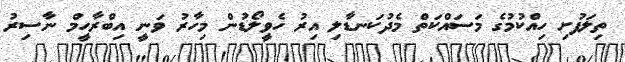
ތިލަފުށި ހިއްކުމުގެ މަސައްކަތް މެދުކަނޑާލި އިރު ހެވީލޯޑުން މިހާރު ވަނީ އިބްރާހީމް ނާސިރު